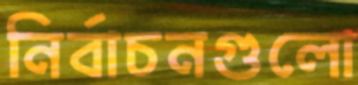
নির্বাচনগুলো